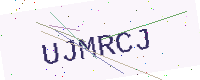
Text: UJMRCJ